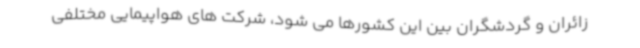
زائران و گردشگران بین این کشورها می شود، شرکت های هواپیمایی مختلفی